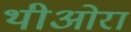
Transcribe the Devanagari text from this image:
थीओरा